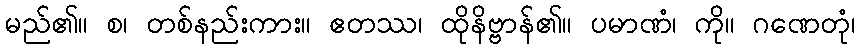
မည်၏။ စ၊ တစ်နည်းကား။ ဧတဿ၊ ထိုနိဗ္ဗာန်၏။ ပမာဏံ၊ ကို။ ဂဏေတုံ၊